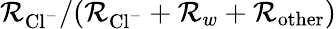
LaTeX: \mathcal{R}_{\mathrm{{Cl}}^{-}}/(\mathcal{R}_{\mathrm{{Cl}}^{-}}+\mathcal{R}_{w}+\mathcal{R}_{\mathrm{{other}}})